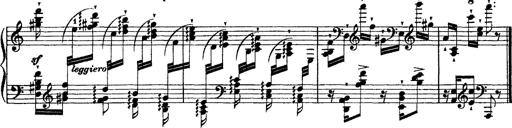
Title: Ã‰tudes d'exÃ©cution transcendante d'aprÃ¨s Paganini
Composer: Franz Liszt